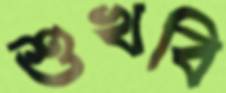
শুখবি